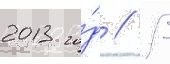
2013 го́д // В